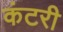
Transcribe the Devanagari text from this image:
कंटरी